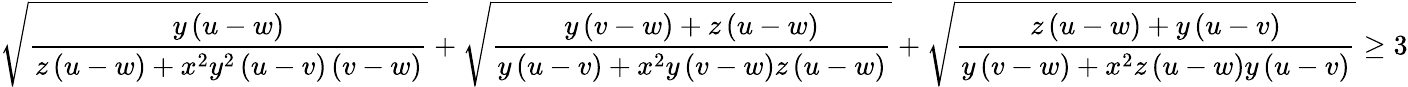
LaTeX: \sqrt{\frac{y\left(u-w\right)}{z\left(u-w\right)+x^{2}y^{2}\left(u-v\right)\left(v-w\right)}}+\sqrt{\frac{y\left(v-w\right)+z\left(u-w\right)}{y\left(u-v\right)+x^{2}y\left(v-w\right)z\left(u-w\right)}}+\sqrt{\frac{z\left(u-w\right)+y\left(u-v\right)}{y\left(v-w\right)+x^{2}z\left(u-w\right)y\left(u-v\right)}}\ge 3